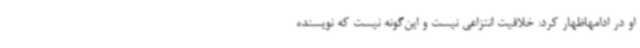
او در ادامهاظهار کرد: خلاقیت انتزاعی نیست و این‌گونه نیست که نویسنده